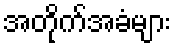
အတိုက်အခံများ